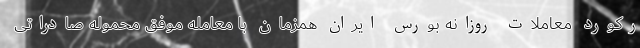
رکورد معاملات روزانه بورس ایران همزمان با معامله موفق محموله صادراتی